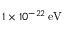
1 \times 1 0 ^ { - 2 2 } \mathrm { \, e V }